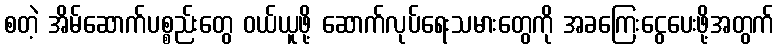
စတဲ့ အိမ်ဆောက်ပစ္စည်းတွေ ဝယ်ယူဖို့ ဆောက်လုပ်ရေးသမားတွေကို အခကြေးငွေပေးဖို့အတွက်